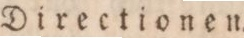
Directionen.